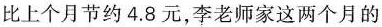
比上个月节约4.8元，李老师家这两个月的